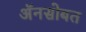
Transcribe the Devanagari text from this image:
अॅनसोबत